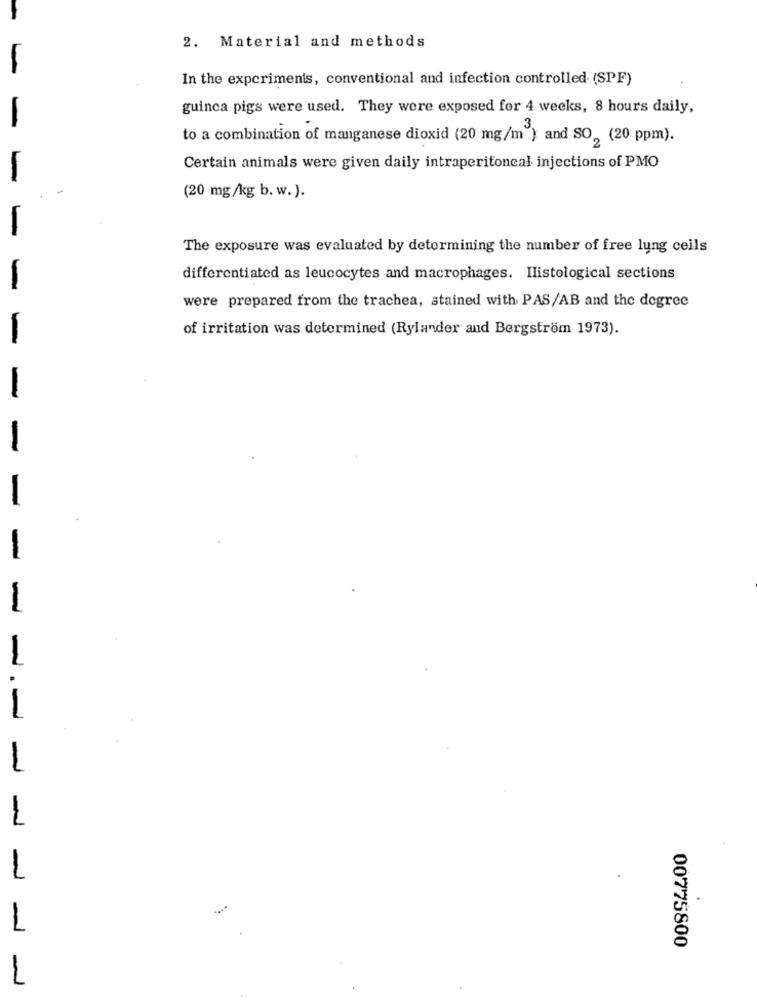
2. Material and methods
In the experiments, conventional and infection controlled (SPF)
guinea pigs were used. They were exposed for 4 weeks, 8 hours daily,
to a combination of manganese dioxid (20 mg/m ) and SO, (20 ppm).
Certain animals were given daily intraperitoneal injections of PMO
-
(20 mg/kg b. w.).
The exposure was evaluated by determining the number of free lung ceils
differentiated as leucocytes and macrophages. Ilistological sections
-
were prepared from the trachea, stained with PAS/AB and the degree
of irritation was determined (Rylander and Bergström 1973).
-
-
-
-
1
1
00775800
1